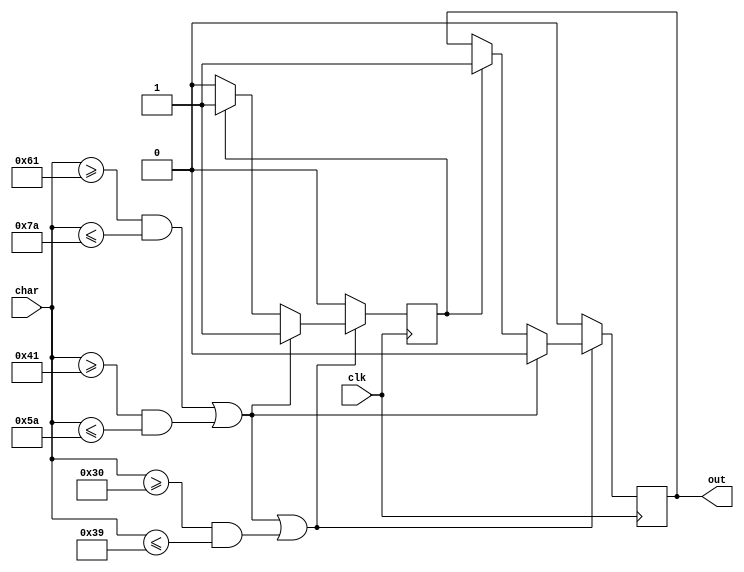
`timescale 1ns / 1ps
//////////////////////////////////////////////////////////////////////////////////
// Company: 
// Engineer: 
// 
// Design Name: 
// Module Name:    id_fsm 
// Project Name: 
// Target Devices: 
// Tool versions: 
// Description: 
//
// Dependencies: 
//
// Revision: 
// Revision 0.01 - File Created
// Additional Comments: 
//
//////////////////////////////////////////////////////////////////////////////////
module id_fsm(
	input [7:0] char,
	input clk,
	output reg out
    );

	reg state = 0;//
	
	initial begin
		out = 0;
	end
	
	integer flag = 0;
	
	always @(posedge clk) begin
		if((char >= 8'b01100001 && char <= 8'b01111010) || (char >= 8'b01000001 && char <= 8'b01011010) || (char >= 8'b00110000 && char <= 8'b00111001)) begin
			if((char >= 8'b01100001 && char <= 8'b01111010) || (char >= 8'b01000001 && char <= 8'b01011010)) begin
				if(flag) begin
					state <= 1;
					flag <= 0;
					out <= 0;
				end
				else begin
					state <= 1;
					out <= 0;
				end
			end
			else begin
				if(state)begin
					state <= 1;
					out <= 1;
					flag <= 1;
				end
			end
		end
		else begin
			state <= 0;
			flag <= 0;
			out <= 0;
		end
	end
	
endmodule